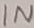
Text: IN